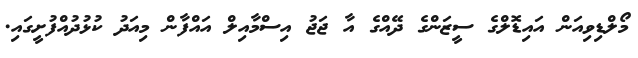
މޯލްޑިވިއަން އައިޑޮލްގެ ސީޒަންގެ ދޭއްގެ އާ ޖަޖު އިސްމާއިލް އައްފާން މިއަދު ކުޅުދުއްފުށީގައި.